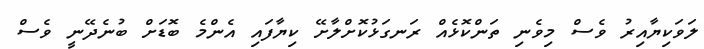
ލަވަކިޔާއިރު ވެސް މިވެނި ތަންކޮޅެއް ރަނގަޅުކޮށްލާށޭ ކިޔާފައި އެންމެ ބޮޑަށް ބުނެދޭނީ ވެސް